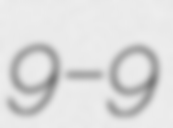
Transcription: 9–9